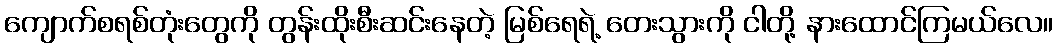
ကျောက်စရစ်တုံးတွေကို တွန်းထိုးစီးဆင်းနေတဲ့ မြစ်ရေရဲ့ တေးသွားကို ငါတို့ နားထောင်ကြမယ်လေ။